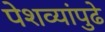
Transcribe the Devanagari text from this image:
पेशव्यांपुढे